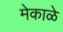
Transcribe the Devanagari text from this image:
मेकाळे